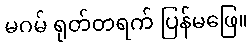
မဂမ် ရုတ်တရက် ပြန်မဖြေ။